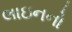
લાઇનનો